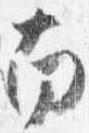
南